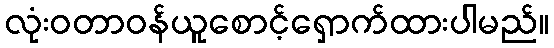
လုံးဝတာဝန်ယူစောင့်ရှောက်ထားပါမည်။